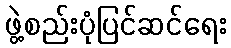
ဖွဲ့စည်းပုံပြင်ဆင်ရေး